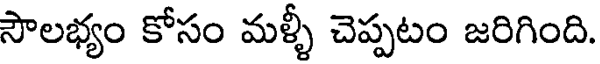
సౌలభ్యం కోసం మళ్ళీ చెప్పటం జరిగింది.